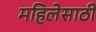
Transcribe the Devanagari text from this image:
महिलेसाठी